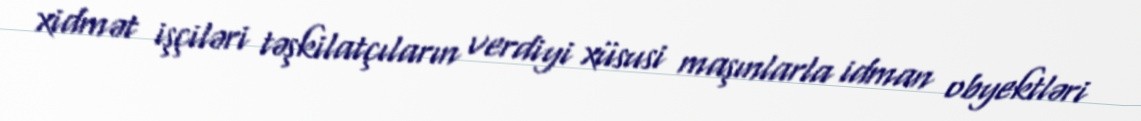
xidmət işçiləri təşkilatçıların verdiyi xüsusi maşınlarla idman obyektləri